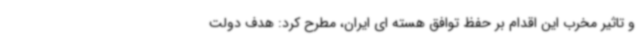
و تاثیر مخرب این اقدام بر حفظ توافق هسته ای ایران، مطرح کرد: هدف دولت